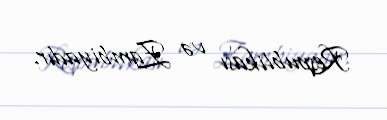
Respublikası və Zambiyadır.